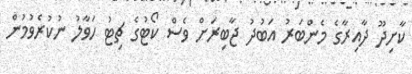
ކާށިދޫ ދާއިރާގެ މެންބަރު އަބުދު ޖާބިރަށް ވެސް ކޯޓުގެ ޗިޓު ހަވާލު ނުކުރެވުމުން